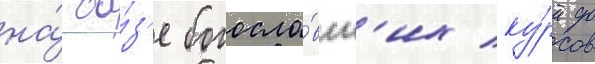
на́ ба́з'е богосло́вск'их ку́рсов